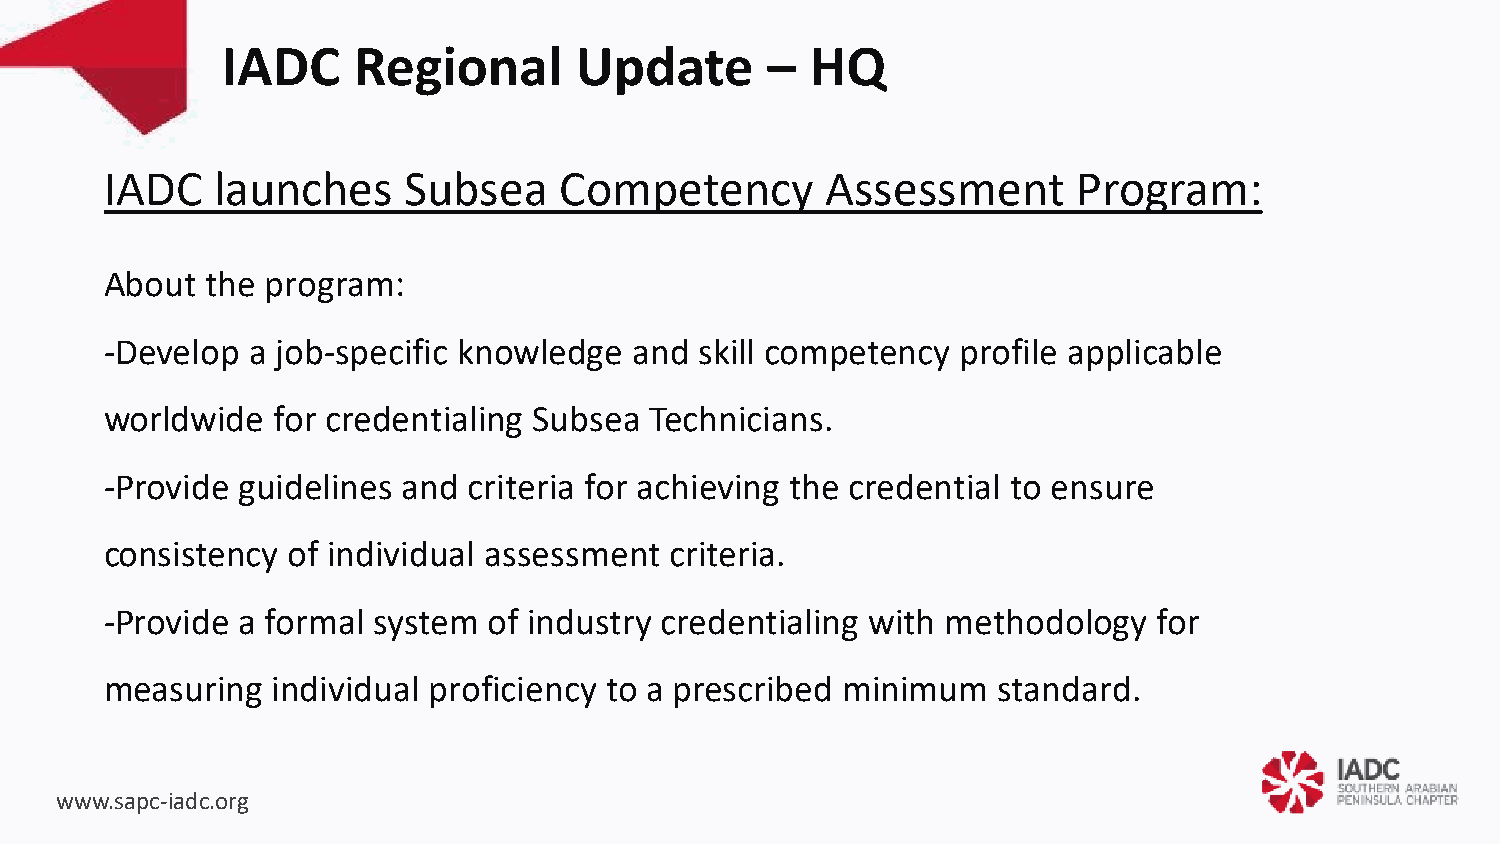
IADC    Regional       Update       –  HQ
 IADC   launches     Subsea    Competency        Assessment      Program:
 About  the program:
 -Develop a job-specific knowledge  and skill competency  profile applicable
 worldwide  for credentialing Subsea Technicians.
 -Provide guidelines and criteria for achieving the credential to ensure
 consistency of individual assessment criteria.
 -Provide a formal system of industry credentialing with methodology   for
 measuring  individual proficiency to a prescribed minimum  standard.
 www.sapc-iadc.org